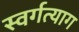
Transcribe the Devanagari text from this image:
स्वर्गत्याग